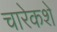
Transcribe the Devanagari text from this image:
चारेकशे